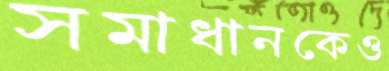
সমাধানকেও